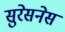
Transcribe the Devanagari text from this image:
सुरेसनेस